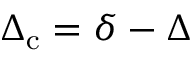
\Delta _ { \mathrm { c } } = \delta - \Delta